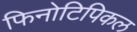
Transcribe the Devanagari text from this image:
फिनोटिपिकल